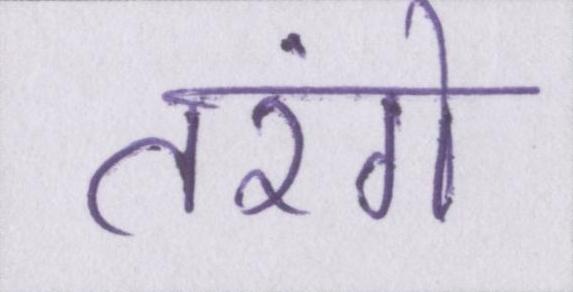
तरंगे